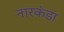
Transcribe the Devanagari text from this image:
नारकंडा